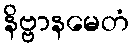
နိဗ္ဗာနမေတံ